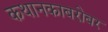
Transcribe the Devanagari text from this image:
कथानकाबरोबर